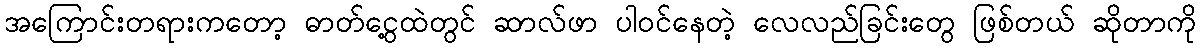
အကြောင်းတရားကတော့ ဓာတ်ငွေ့ထဲတွင် ဆာလ်ဖာ ပါဝင်နေတဲ့ လေလည်ခြင်းတွေ ဖြစ်တယ် ဆိုတာကို